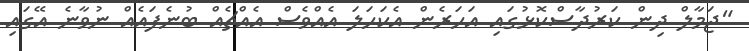
"ޖަމާލް ދިން ކަރުދާސްކޮޅުގައި އަހަރެން އެކަހަލަ އެއްވެސް އެއްޗެއް ބުނެފައެއް ނުވާނެ އޭގައި